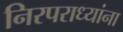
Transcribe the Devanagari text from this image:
निरपराध्यांना